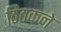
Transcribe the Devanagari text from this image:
ठिठकने